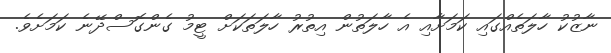
ނާޒުކު ހާލަތެއްގައި ކަމަށާއި އެ ހާލަތުން އިތުރު ހާލަތަކަށް ޓީމު ގެންގޮސްދޭނެ ކަމަށެވެ.